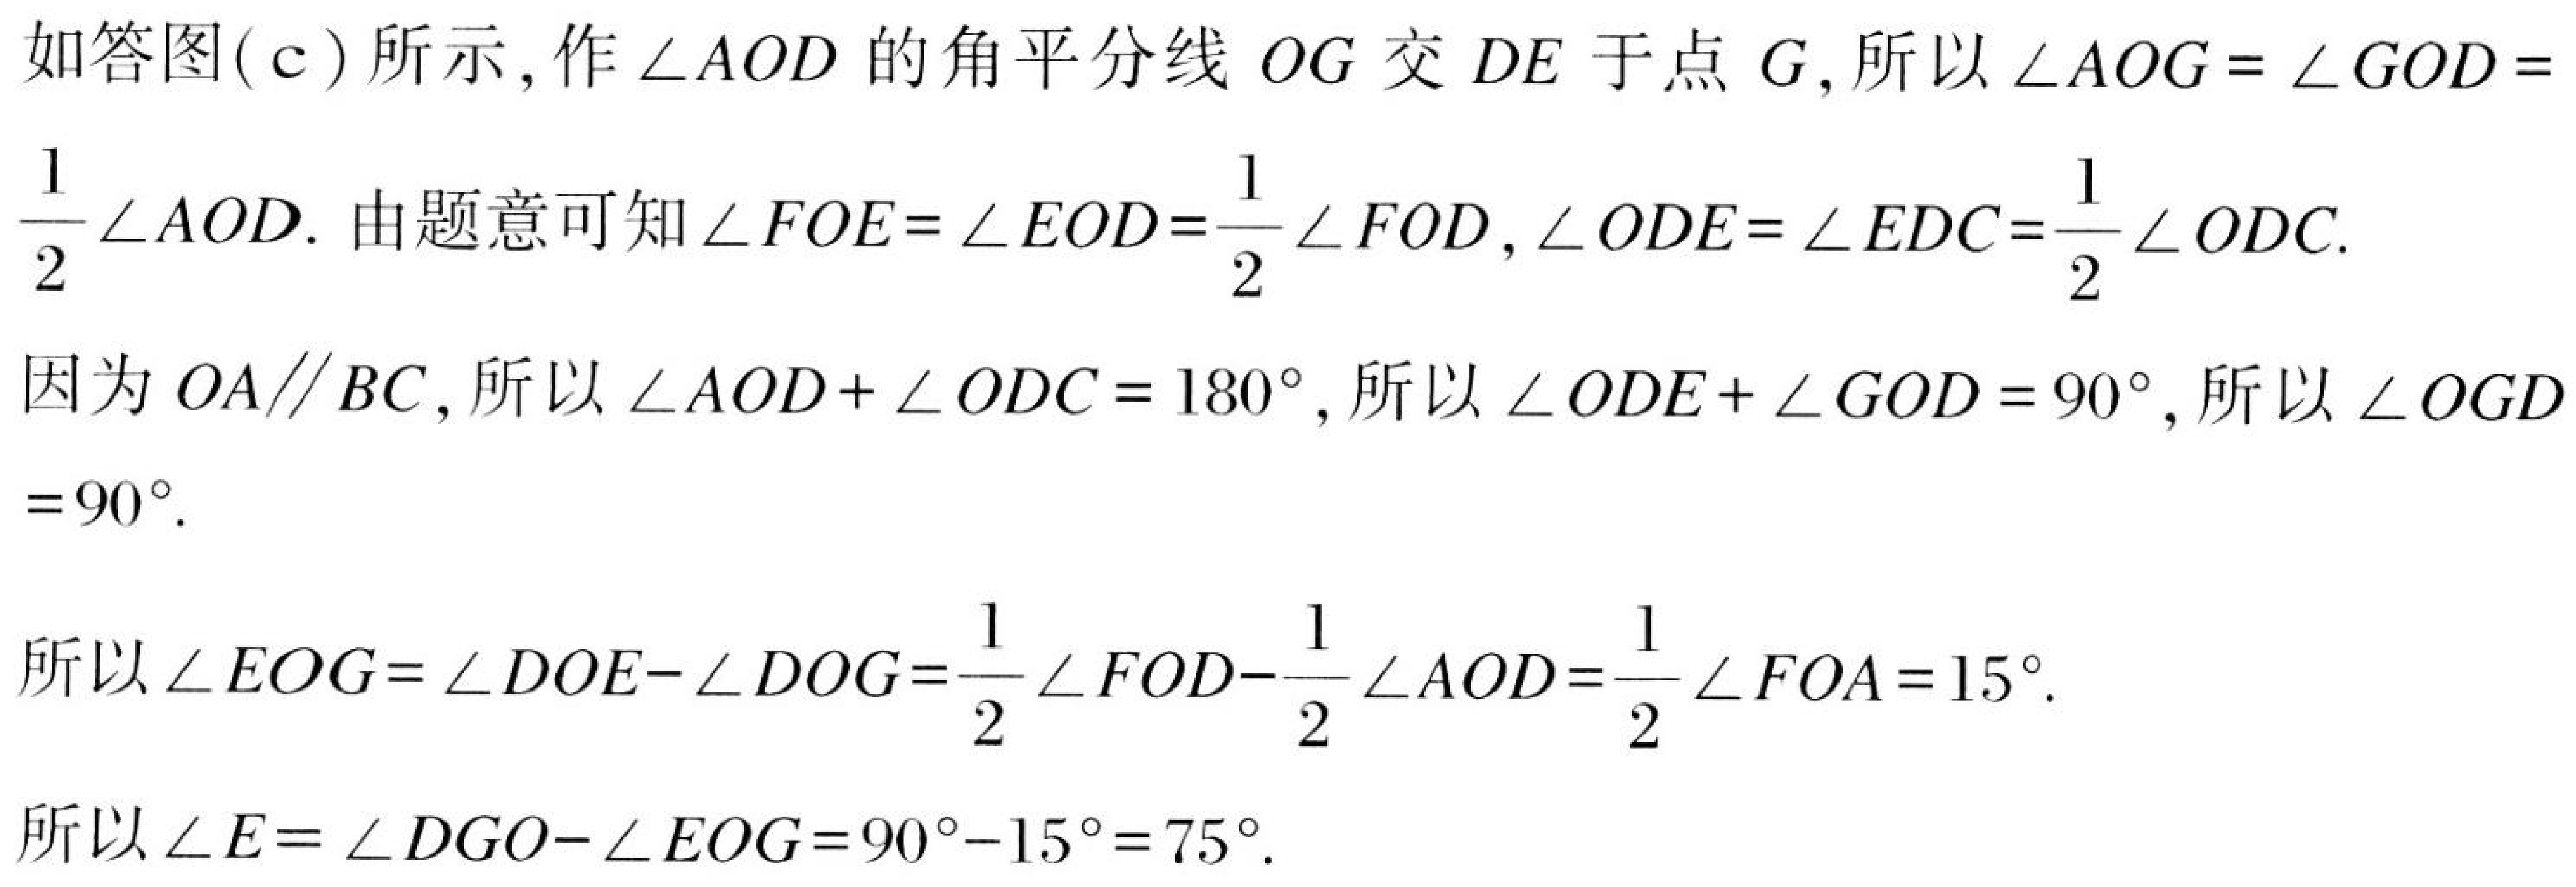
如答图(\(c\))所示, 作 \(\angle AOD\) 的角平分线 \(OG\) 交 \(DE\) 于点 \(G\), 所以 \(\angle AOG=\angle GOD = \frac{1}{2}\angle AOD\). 由题意可知 \(\angle FOE=\angle EOD=\frac{1}{2}\angle FOD\), \(\angle ODE=\angle EDC=\frac{1}{2}\angle ODC\).
因为 \(OA\parallel BC\), 所以 \(\angle AOD+\angle ODC = 180^{\circ}\), 所以 \(\angle ODE+\angle GOD = 90^{\circ}\), 所以 \(\angle OGD = 90^{\circ}\).

所以 \(\angle EOG=\angle DOE - \angle DOG=\frac{1}{2}\angle FOD-\frac{1}{2}\angle AOD=\frac{1}{2}\angle FOA = 15^{\circ}\).

所以 \(\angle E=\angle DGO-\angle EOG = 90^{\circ}-15^{\circ}=75^{\circ}\).